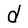
Character: d